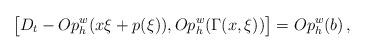
LaTeX: \begin{align*}\big[ D_t - Op_h^w(x\xi + p(\xi)), Op_h^w(\Gamma(x,\xi))\big] = Op_h^w(b) \, , \end{align*}